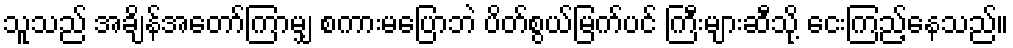
သူသည် အချိန်အတော်ကြာမျှ စကားမပြောဘဲ ပိတ်စွယ်မြက်ပင် ကြီးများဆီသို့ ငေးကြည့်နေသည်။